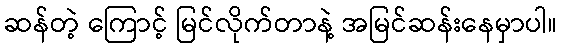
ဆန်တဲ့ ကြောင့် မြင်လိုက်တာနဲ့ အမြင်ဆန်းနေမှာပါ။